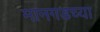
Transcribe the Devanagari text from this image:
मानगडच्या